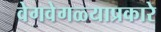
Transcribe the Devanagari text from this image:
वेगवेगळ्याप्रकारे